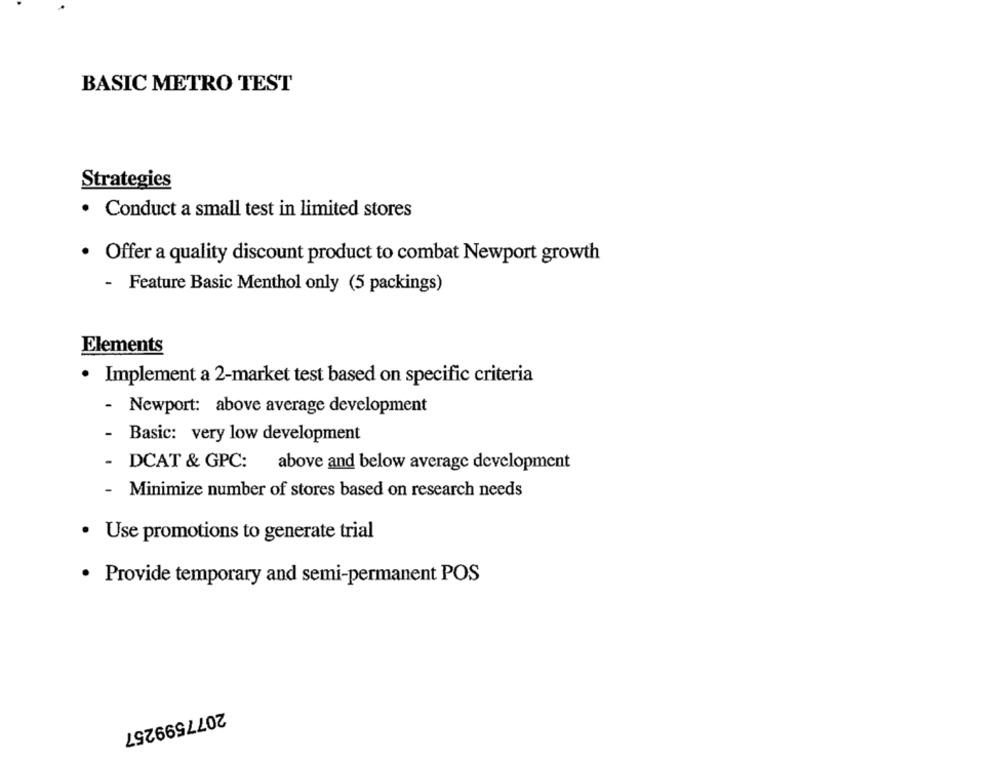
BASIC METRO TEST
Strategies
· Conduct a small test in limited stores
· Offer a quality discount product to combat Newport growth
- Feature Basic Menthol only (5 packings)
Elements
· Implement a 2-market test based on specific criteria
-
Newport: above average development
Basic: very low development
DCAT & GPC: above and below average development
Minimize number of stores based on research needs
· Use promotions to generate trial
· Provide temporary and semi-permanent POS
2077599257